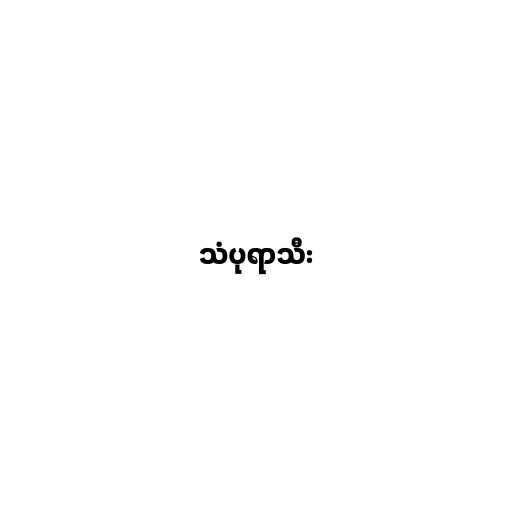
သံပုရာသီး